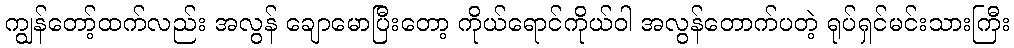
ကျွန်တော့်ထက်လည်း အလွန် ချောမောပြီးတော့ ကိုယ်ရောင်ကိုယ်ဝါ အလွန်တောက်ပတဲ့ ရုပ်ရှင်မင်းသားကြီး